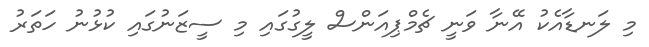
މި ލަނޑާއެކު އޭނާ ވަނީ ޗެމްޕިއަންސް ލީގުގައި މި ސީޒަނުގައި ކުޅުނު ހަތަރު